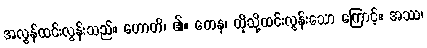
အလွန်ထင်းလွန်းသည်။ ဟောတိ၊ ၏။ တေန၊ ထိုသို့ထင်းလွန်းသော ကြောင့်။ အဿ၊